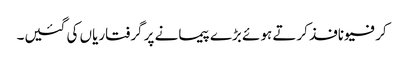
کرفیو نافذ کرتے ہوئے بڑے پیمانے پر گرفتاریاں کی گئیں۔